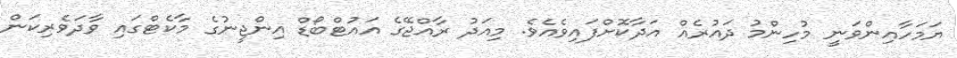
ޔަމަހާއިންވަނީ މުހިންމު ދައުރެއް އަދާކޮށްފައިވެއެވެ. މިއަދު ރާއްޖޭގެ އައުޓްބޯޑް އިންޖީނުގެ މާކެޓްގައި ވާދަވެރިކަން